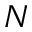
N